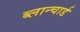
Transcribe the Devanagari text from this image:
ब्लान्चार्ड